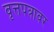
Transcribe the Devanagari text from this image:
वृत्तपत्रावर